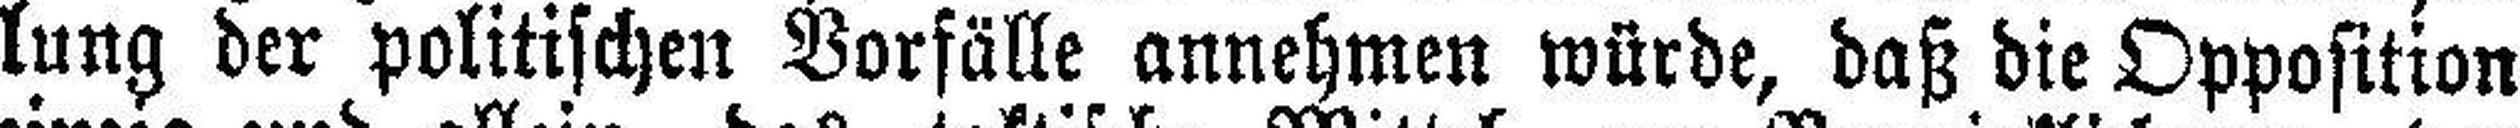
lung der politischen Vorfälle annehmen würde, daß die Opposition